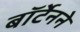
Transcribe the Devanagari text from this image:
बॉर्टेनने